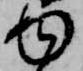
ゆ